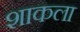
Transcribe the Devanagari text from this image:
शाकला